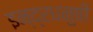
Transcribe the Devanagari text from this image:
इन्‍द्रधनुषी